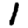
Digit: 1